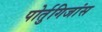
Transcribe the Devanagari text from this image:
पोर्तुगिजांस